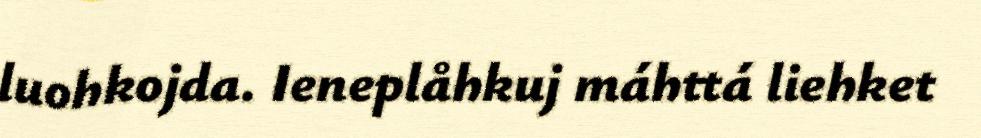
luohkojda. Ieneplåhkuj máhttá liehket